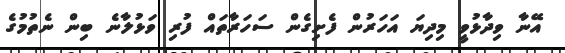
އޭނާ ވިދާޅުވީ މިދިޔަ އަހަރުން ފެށިގެން ސަހަރާތައް ފުރި ވަޅުލާނެ ބިން ނެތުމުގެ